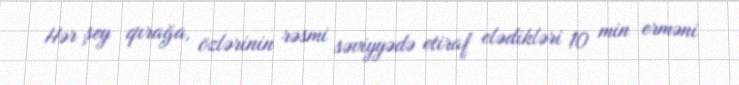
Hər şey qırağa, özlərinin rəsmi səviyyədə etiraf elədikləri 10 min erməni